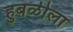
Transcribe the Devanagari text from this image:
हुबळीला